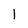
Character: 1